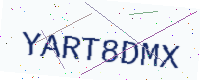
Text: YART8DMX